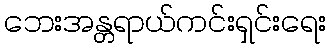
ဘေးအန္တရာယ်ကင်းရှင်းရေး